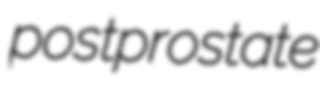
postprostate